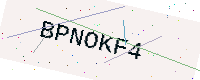
Text: BPNOKF4